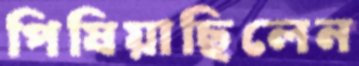
পিষিয়াছিলেন